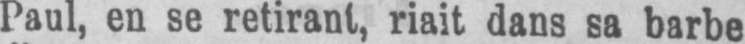
Paul, en se retirant, riait dans sa barbe